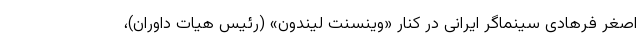
اصغر فرهادی سینماگر ایرانی در کنار «وینسنت لیندون» (رئیس هیات داوران)،